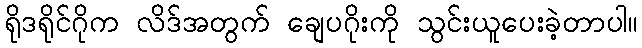
ရိုဒရိုင်ဂိုက လိဒ်အတွက် ချေပဂိုးကို သွင်းယူပေးခဲ့တာပါ။